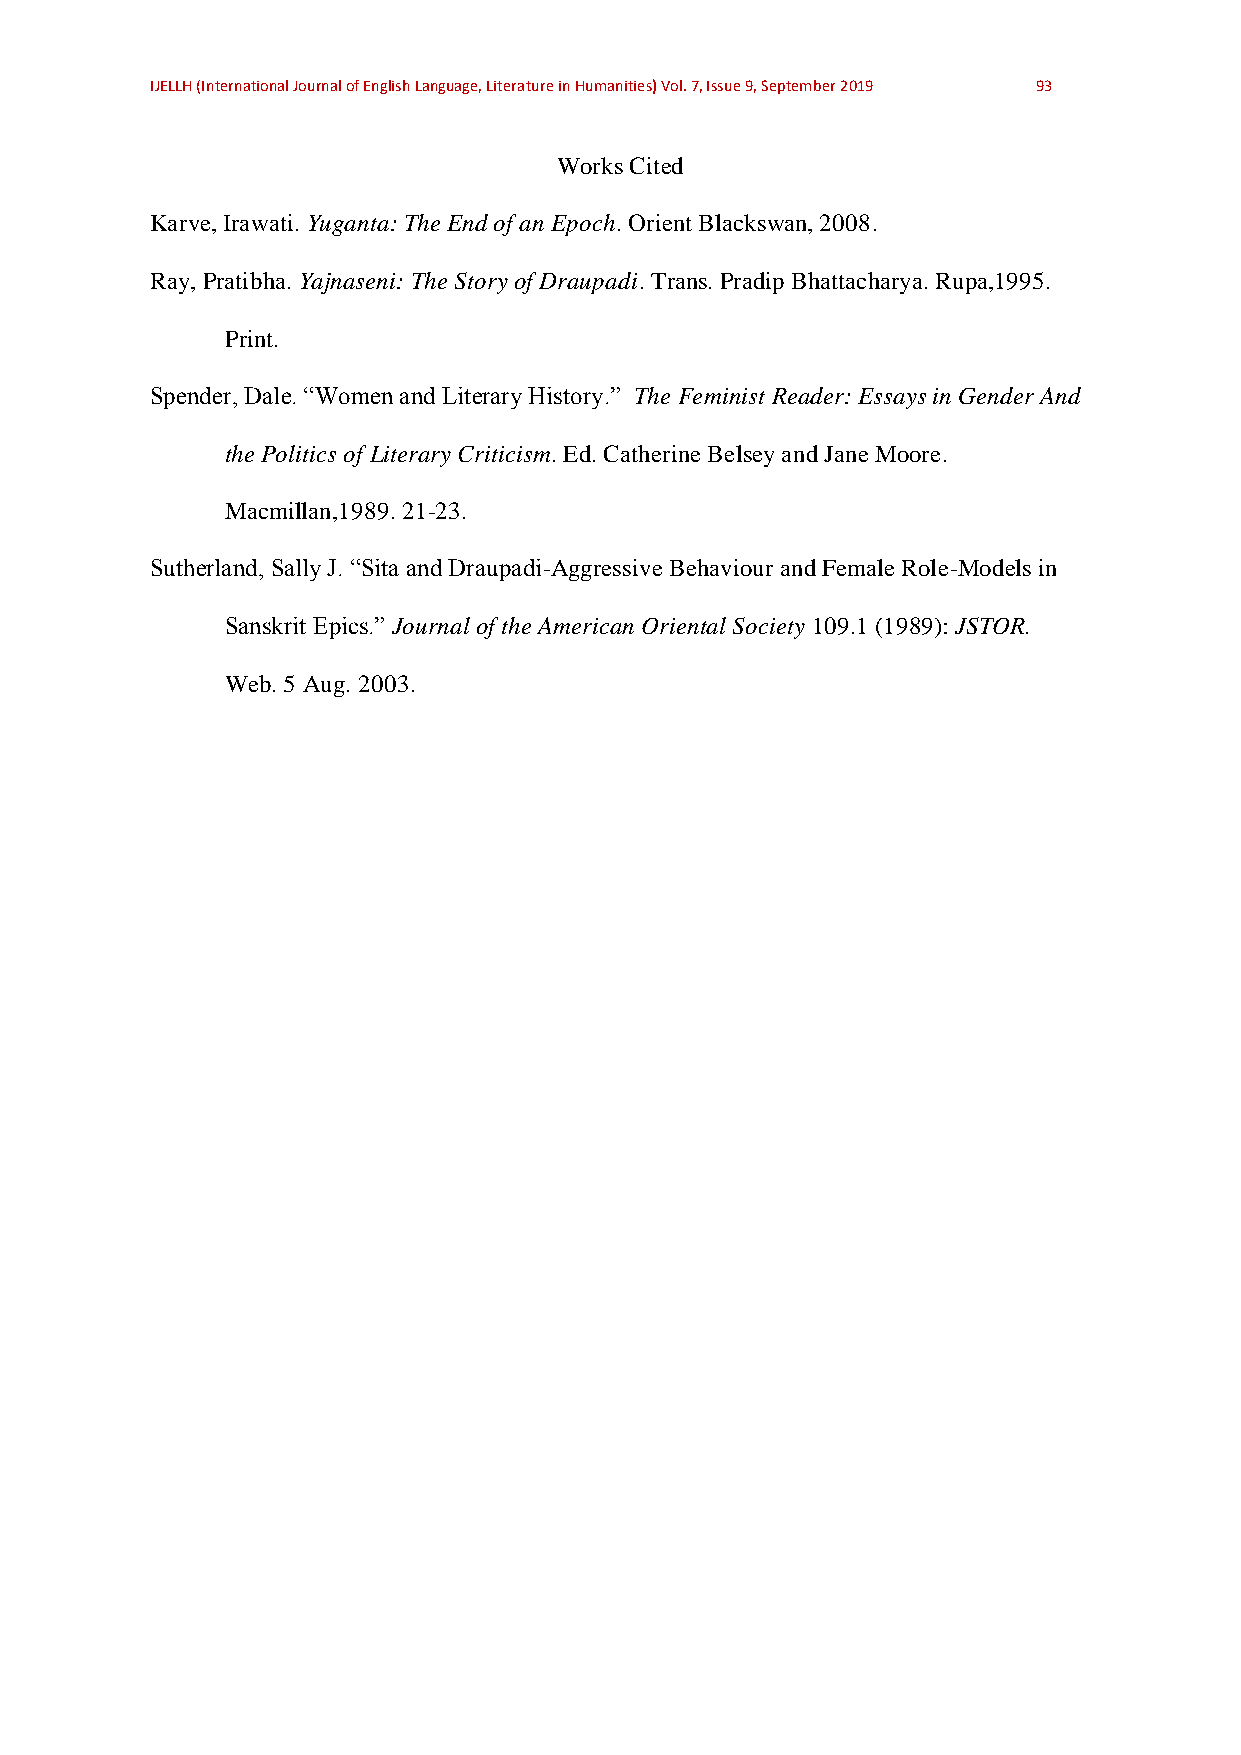
IJELLH (International Journal of English Language, Literature in Humanities) Vol. 7, Issue 9, September 2019 93
 Works Cited
 Karve, Irawati. Yuganta: The End of an Epoch. Orient Blackswan, 2008.
 Ray, Pratibha. Yajnaseni: The Story of Draupadi. Trans. Pradip Bhattacharya. Rupa,1995.
 Print.
 Spender, Dale. “Women and Literary History.” The Feminist Reader: Essays in Gender And
 the Politics of Literary Criticism. Ed. Catherine Belsey and Jane Moore.
 Macmillan,1989. 21-23.
 Sutherland, Sally J. “Sita and Draupadi-Aggressive Behaviour and Female Role-Models in
 Sanskrit Epics.” Journal of the American Oriental Society 109.1 (1989): JSTOR.
 Web. 5 Aug. 2003.